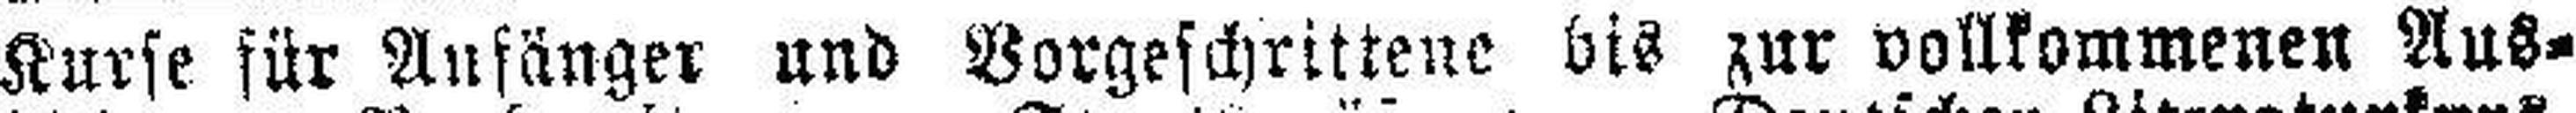
Kurse für Anfänger und Vorgeschrittene bis zur vollkommenen Aus¬